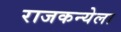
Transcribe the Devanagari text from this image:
राजकन्येला